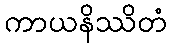
ကာယနိဿိတံ